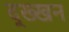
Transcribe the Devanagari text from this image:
द्ख्खन